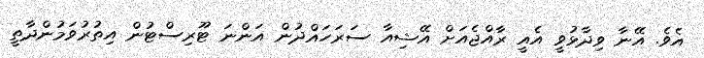
އެވެ. އޭނާ ވިދާޅުވީ އެއީ ރާއްޖެއަށް އޭޝިއާ ސަރަހައްދުން އަންނަ ޓޫރިސްޓުން އިތުރުވަމުންދާތީ